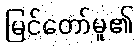
မြင်တော်မူ၏